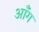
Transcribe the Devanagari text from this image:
ऑंग